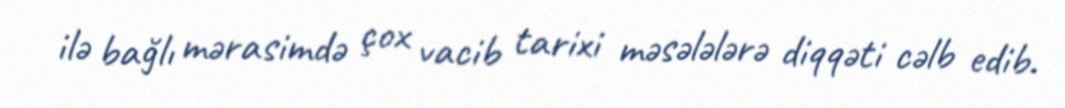
ilə bağlı mərasimdə çox vacib tarixi məsələlərə diqqəti cəlb edib.